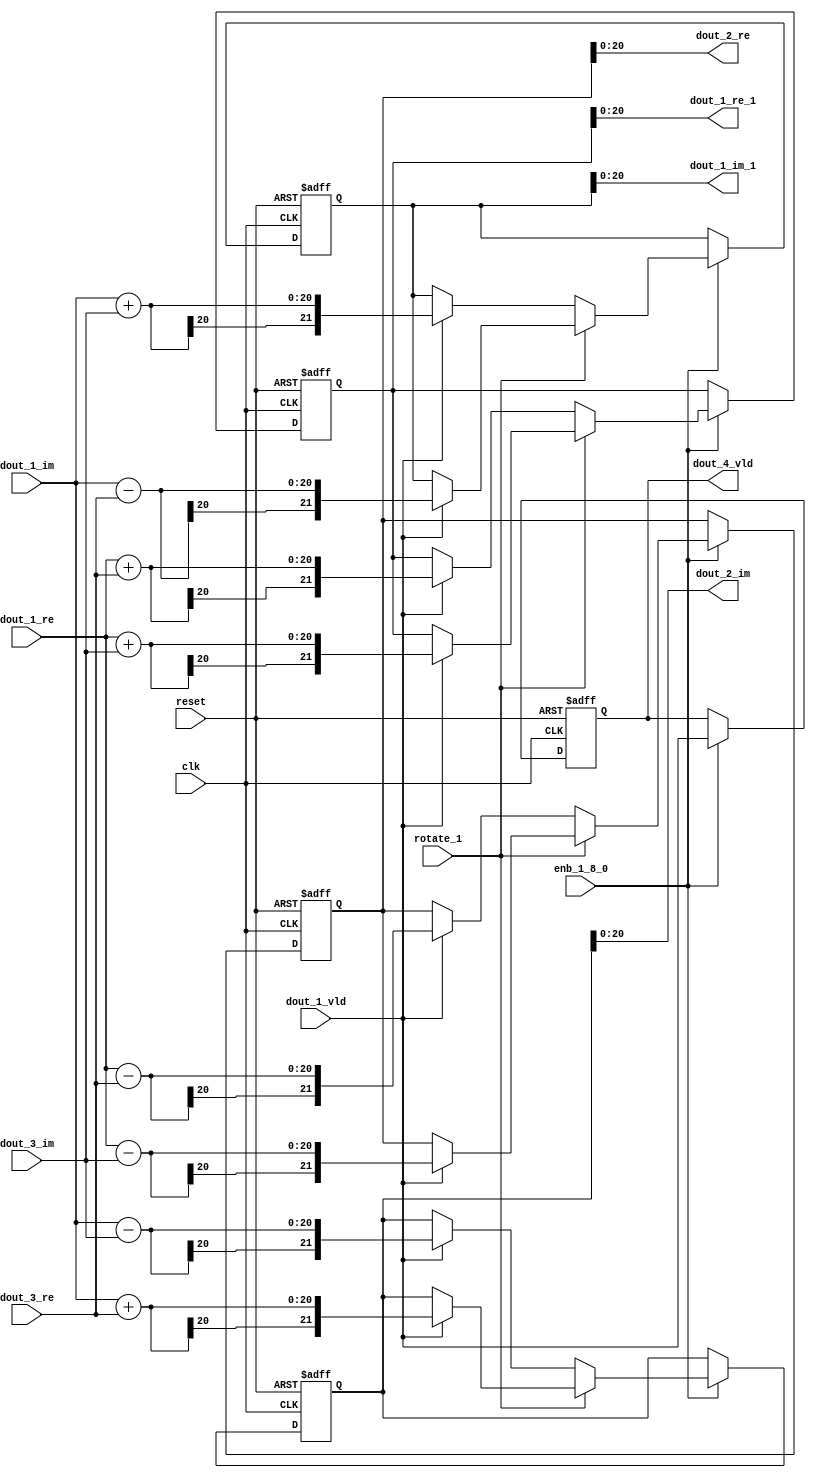
// -------------------------------------------------------------
// 
// 
// Generated by MATLAB 9.13 and HDL Coder 4.0
// 
// -------------------------------------------------------------


// -------------------------------------------------------------
// 
// Module: RADIX22FFT_SDNF2_4
// Source Path: joe_fft/FFT/RADIX22FFT_SDNF2_4
// Hierarchy Level: 2
// 
// -------------------------------------------------------------

`timescale 1 ns / 1 ns

module RADIX22FFT_SDNF2_4
          (clk,
           reset,
           enb_1_8_0,
           rotate_1,
           dout_1_re,
           dout_1_im,
           dout_3_re,
           dout_3_im,
           dout_1_vld,
           dout_1_re_1,
           dout_1_im_1,
           dout_2_re,
           dout_2_im,
           dout_4_vld);


  input   clk;
  input   reset;
  input   enb_1_8_0;
  input   rotate_1;  // ufix1
  input   signed [19:0] dout_1_re;  // sfix20
  input   signed [19:0] dout_1_im;  // sfix20
  input   signed [19:0] dout_3_re;  // sfix20
  input   signed [19:0] dout_3_im;  // sfix20
  input   dout_1_vld;
  output  signed [20:0] dout_1_re_1;  // sfix21
  output  signed [20:0] dout_1_im_1;  // sfix21
  output  signed [20:0] dout_2_re;  // sfix21
  output  signed [20:0] dout_2_im;  // sfix21
  output  dout_4_vld;


  wire signed [20:0] din1_re;  // sfix21
  wire signed [20:0] din1_im;  // sfix21
  wire signed [20:0] din2_re;  // sfix21
  wire signed [20:0] din2_im;  // sfix21
  reg  Radix22ButterflyG2_NF_din_vld_dly;
  reg signed [21:0] Radix22ButterflyG2_NF_btf1_re_reg;  // sfix22
  reg signed [21:0] Radix22ButterflyG2_NF_btf1_im_reg;  // sfix22
  reg signed [21:0] Radix22ButterflyG2_NF_btf2_re_reg;  // sfix22
  reg signed [21:0] Radix22ButterflyG2_NF_btf2_im_reg;  // sfix22
  reg  Radix22ButterflyG2_NF_din_vld_dly_next;
  reg signed [21:0] Radix22ButterflyG2_NF_btf1_re_reg_next;  // sfix22
  reg signed [21:0] Radix22ButterflyG2_NF_btf1_im_reg_next;  // sfix22
  reg signed [21:0] Radix22ButterflyG2_NF_btf2_re_reg_next;  // sfix22
  reg signed [21:0] Radix22ButterflyG2_NF_btf2_im_reg_next;  // sfix22
  reg signed [20:0] dout_1_re_2;  // sfix21
  reg signed [20:0] dout_1_im_2;  // sfix21
  reg signed [20:0] dout_2_re_1;  // sfix21
  reg signed [20:0] dout_2_im_1;  // sfix21
  reg  dout_4_vld_1;
  reg signed [21:0] Radix22ButterflyG2_NF_t_0_0;  // sfix22
  reg signed [21:0] Radix22ButterflyG2_NF_t_1;  // sfix22
  reg signed [21:0] Radix22ButterflyG2_NF_t_2_0;  // sfix22
  reg signed [21:0] Radix22ButterflyG2_NF_t_3;  // sfix22
  reg signed [21:0] Radix22ButterflyG2_NF_t_4_0;  // sfix22
  reg signed [21:0] Radix22ButterflyG2_NF_t_5;  // sfix22
  reg signed [21:0] Radix22ButterflyG2_NF_t_6_0;  // sfix22
  reg signed [21:0] Radix22ButterflyG2_NF_t_7;  // sfix22
  reg signed [21:0] Radix22ButterflyG2_NF_t_8_0;  // sfix22
  reg signed [21:0] Radix22ButterflyG2_NF_t_9;  // sfix22
  reg signed [21:0] Radix22ButterflyG2_NF_t_10;  // sfix22
  reg signed [21:0] Radix22ButterflyG2_NF_t_11;  // sfix22
  reg signed [21:0] Radix22ButterflyG2_NF_t_12;  // sfix22
  reg signed [21:0] Radix22ButterflyG2_NF_t_13;  // sfix22
  reg signed [21:0] Radix22ButterflyG2_NF_t_14;  // sfix22
  reg signed [21:0] Radix22ButterflyG2_NF_t_15;  // sfix22


  assign din1_re = {dout_1_re[19], dout_1_re};



  assign din1_im = {dout_1_im[19], dout_1_im};



  assign din2_re = {dout_3_re[19], dout_3_re};



  assign din2_im = {dout_3_im[19], dout_3_im};



  // Radix22ButterflyG2_NF
  always @(posedge clk or posedge reset)
    begin : Radix22ButterflyG2_NF_process
      if (reset == 1'b1) begin
        Radix22ButterflyG2_NF_din_vld_dly <= 1'b0;
        Radix22ButterflyG2_NF_btf1_re_reg <= 22'sb0000000000000000000000;
        Radix22ButterflyG2_NF_btf1_im_reg <= 22'sb0000000000000000000000;
        Radix22ButterflyG2_NF_btf2_re_reg <= 22'sb0000000000000000000000;
        Radix22ButterflyG2_NF_btf2_im_reg <= 22'sb0000000000000000000000;
      end
      else begin
        if (enb_1_8_0) begin
          Radix22ButterflyG2_NF_din_vld_dly <= Radix22ButterflyG2_NF_din_vld_dly_next;
          Radix22ButterflyG2_NF_btf1_re_reg <= Radix22ButterflyG2_NF_btf1_re_reg_next;
          Radix22ButterflyG2_NF_btf1_im_reg <= Radix22ButterflyG2_NF_btf1_im_reg_next;
          Radix22ButterflyG2_NF_btf2_re_reg <= Radix22ButterflyG2_NF_btf2_re_reg_next;
          Radix22ButterflyG2_NF_btf2_im_reg <= Radix22ButterflyG2_NF_btf2_im_reg_next;
        end
      end
    end

  always @(Radix22ButterflyG2_NF_btf1_im_reg, Radix22ButterflyG2_NF_btf1_re_reg,
       Radix22ButterflyG2_NF_btf2_im_reg, Radix22ButterflyG2_NF_btf2_re_reg,
       Radix22ButterflyG2_NF_din_vld_dly, din1_im, din1_re, din2_im, din2_re,
       dout_1_vld, rotate_1) begin
    Radix22ButterflyG2_NF_t_0_0 = 22'sb0000000000000000000000;
    Radix22ButterflyG2_NF_t_1 = 22'sb0000000000000000000000;
    Radix22ButterflyG2_NF_t_2_0 = 22'sb0000000000000000000000;
    Radix22ButterflyG2_NF_t_3 = 22'sb0000000000000000000000;
    Radix22ButterflyG2_NF_t_4_0 = 22'sb0000000000000000000000;
    Radix22ButterflyG2_NF_t_5 = 22'sb0000000000000000000000;
    Radix22ButterflyG2_NF_t_6_0 = 22'sb0000000000000000000000;
    Radix22ButterflyG2_NF_t_7 = 22'sb0000000000000000000000;
    Radix22ButterflyG2_NF_t_8_0 = 22'sb0000000000000000000000;
    Radix22ButterflyG2_NF_t_9 = 22'sb0000000000000000000000;
    Radix22ButterflyG2_NF_t_10 = 22'sb0000000000000000000000;
    Radix22ButterflyG2_NF_t_11 = 22'sb0000000000000000000000;
    Radix22ButterflyG2_NF_t_12 = 22'sb0000000000000000000000;
    Radix22ButterflyG2_NF_t_13 = 22'sb0000000000000000000000;
    Radix22ButterflyG2_NF_t_14 = 22'sb0000000000000000000000;
    Radix22ButterflyG2_NF_t_15 = 22'sb0000000000000000000000;
    Radix22ButterflyG2_NF_btf1_re_reg_next = Radix22ButterflyG2_NF_btf1_re_reg;
    Radix22ButterflyG2_NF_btf1_im_reg_next = Radix22ButterflyG2_NF_btf1_im_reg;
    Radix22ButterflyG2_NF_btf2_re_reg_next = Radix22ButterflyG2_NF_btf2_re_reg;
    Radix22ButterflyG2_NF_btf2_im_reg_next = Radix22ButterflyG2_NF_btf2_im_reg;
    Radix22ButterflyG2_NF_din_vld_dly_next = dout_1_vld;
    if (rotate_1 != 1'b0) begin
      if (dout_1_vld) begin
        Radix22ButterflyG2_NF_t_0_0 = {din1_re[20], din1_re};
        Radix22ButterflyG2_NF_t_1 = {din2_im[20], din2_im};
        Radix22ButterflyG2_NF_btf1_re_reg_next = Radix22ButterflyG2_NF_t_0_0 + Radix22ButterflyG2_NF_t_1;
        Radix22ButterflyG2_NF_t_2_0 = {din1_re[20], din1_re};
        Radix22ButterflyG2_NF_t_3 = {din2_im[20], din2_im};
        Radix22ButterflyG2_NF_btf2_re_reg_next = Radix22ButterflyG2_NF_t_2_0 - Radix22ButterflyG2_NF_t_3;
        Radix22ButterflyG2_NF_t_4_0 = {din1_im[20], din1_im};
        Radix22ButterflyG2_NF_t_5 = {din2_re[20], din2_re};
        Radix22ButterflyG2_NF_btf2_im_reg_next = Radix22ButterflyG2_NF_t_4_0 + Radix22ButterflyG2_NF_t_5;
        Radix22ButterflyG2_NF_t_6_0 = {din1_im[20], din1_im};
        Radix22ButterflyG2_NF_t_7 = {din2_re[20], din2_re};
        Radix22ButterflyG2_NF_btf1_im_reg_next = Radix22ButterflyG2_NF_t_6_0 - Radix22ButterflyG2_NF_t_7;
      end
    end
    else if (dout_1_vld) begin
      Radix22ButterflyG2_NF_t_8_0 = {din1_re[20], din1_re};
      Radix22ButterflyG2_NF_t_9 = {din2_re[20], din2_re};
      Radix22ButterflyG2_NF_btf1_re_reg_next = Radix22ButterflyG2_NF_t_8_0 + Radix22ButterflyG2_NF_t_9;
      Radix22ButterflyG2_NF_t_10 = {din1_re[20], din1_re};
      Radix22ButterflyG2_NF_t_11 = {din2_re[20], din2_re};
      Radix22ButterflyG2_NF_btf2_re_reg_next = Radix22ButterflyG2_NF_t_10 - Radix22ButterflyG2_NF_t_11;
      Radix22ButterflyG2_NF_t_12 = {din1_im[20], din1_im};
      Radix22ButterflyG2_NF_t_13 = {din2_im[20], din2_im};
      Radix22ButterflyG2_NF_btf1_im_reg_next = Radix22ButterflyG2_NF_t_12 + Radix22ButterflyG2_NF_t_13;
      Radix22ButterflyG2_NF_t_14 = {din1_im[20], din1_im};
      Radix22ButterflyG2_NF_t_15 = {din2_im[20], din2_im};
      Radix22ButterflyG2_NF_btf2_im_reg_next = Radix22ButterflyG2_NF_t_14 - Radix22ButterflyG2_NF_t_15;
    end
    dout_1_re_2 = Radix22ButterflyG2_NF_btf1_re_reg[20:0];
    dout_1_im_2 = Radix22ButterflyG2_NF_btf1_im_reg[20:0];
    dout_2_re_1 = Radix22ButterflyG2_NF_btf2_re_reg[20:0];
    dout_2_im_1 = Radix22ButterflyG2_NF_btf2_im_reg[20:0];
    dout_4_vld_1 = Radix22ButterflyG2_NF_din_vld_dly;
  end



  assign dout_1_re_1 = dout_1_re_2;

  assign dout_1_im_1 = dout_1_im_2;

  assign dout_2_re = dout_2_re_1;

  assign dout_2_im = dout_2_im_1;

  assign dout_4_vld = dout_4_vld_1;

endmodule  // RADIX22FFT_SDNF2_4